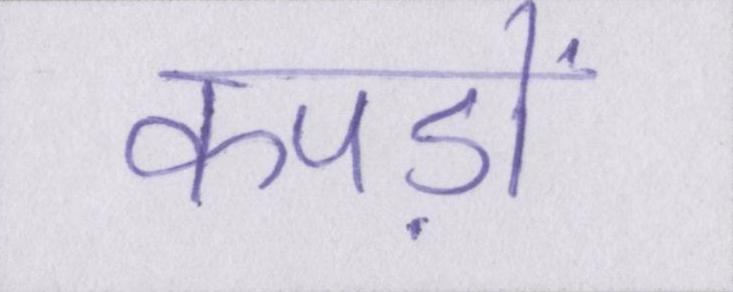
कपड़ों